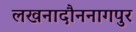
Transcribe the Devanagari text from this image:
लखनादौननागपुर